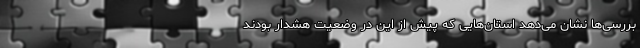
بررسی‌ها نشان می‌دهد استان‌هایی که پیش از این در وضعیت هشدار بودند